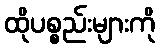
ထိုပစ္စည်းများကို